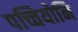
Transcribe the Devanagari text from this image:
पच्चियोनि